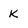
Character: k